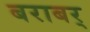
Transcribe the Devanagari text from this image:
बराबर्